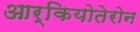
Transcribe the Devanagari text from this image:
आर्कियोतेरोन